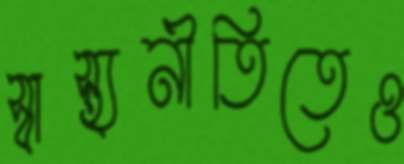
স্বাস্থ্যনীতিতেও